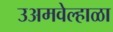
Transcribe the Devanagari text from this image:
उअमवेल्हाळा